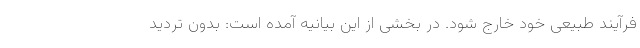
فرآیند طبیعی خود خارج شود. در بخشی از این بیانیه آمده است: بدون تردید